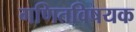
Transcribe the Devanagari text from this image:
गणितविषयक